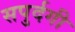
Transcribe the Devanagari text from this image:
सपुर्दगी